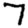
Digit: 7